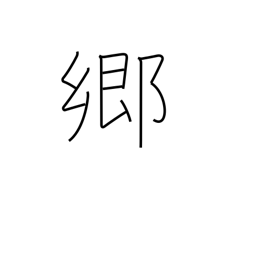
Meaning: district